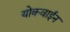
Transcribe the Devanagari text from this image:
योकवाईन